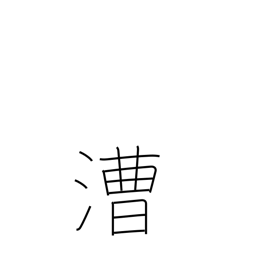
Meaning: rowing